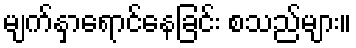
မျက်နှာရောင်နေခြင်း စသည်များ။